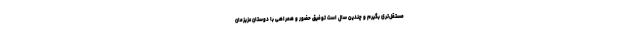
مستقل‌تری بگیرم و چندین سال است توفیق حضور و همراهی با دوستان عزیزمان